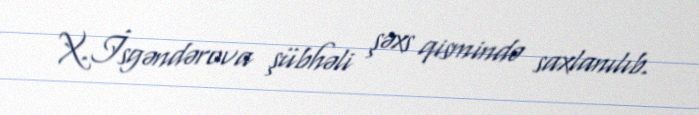
X.İsgəndərova şübhəli şəxs qismində saxlanılıb.